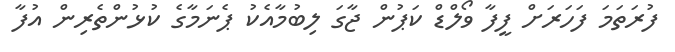
ފުރަތަމަ ފަހަރަށް ފީފާ ވޯލްޑް ކަޕުން ޖާގަ ލިބުމާއެކު ޕެނަމާގެ ކުޅުންތެރިން އުފާ